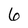
Character: 6